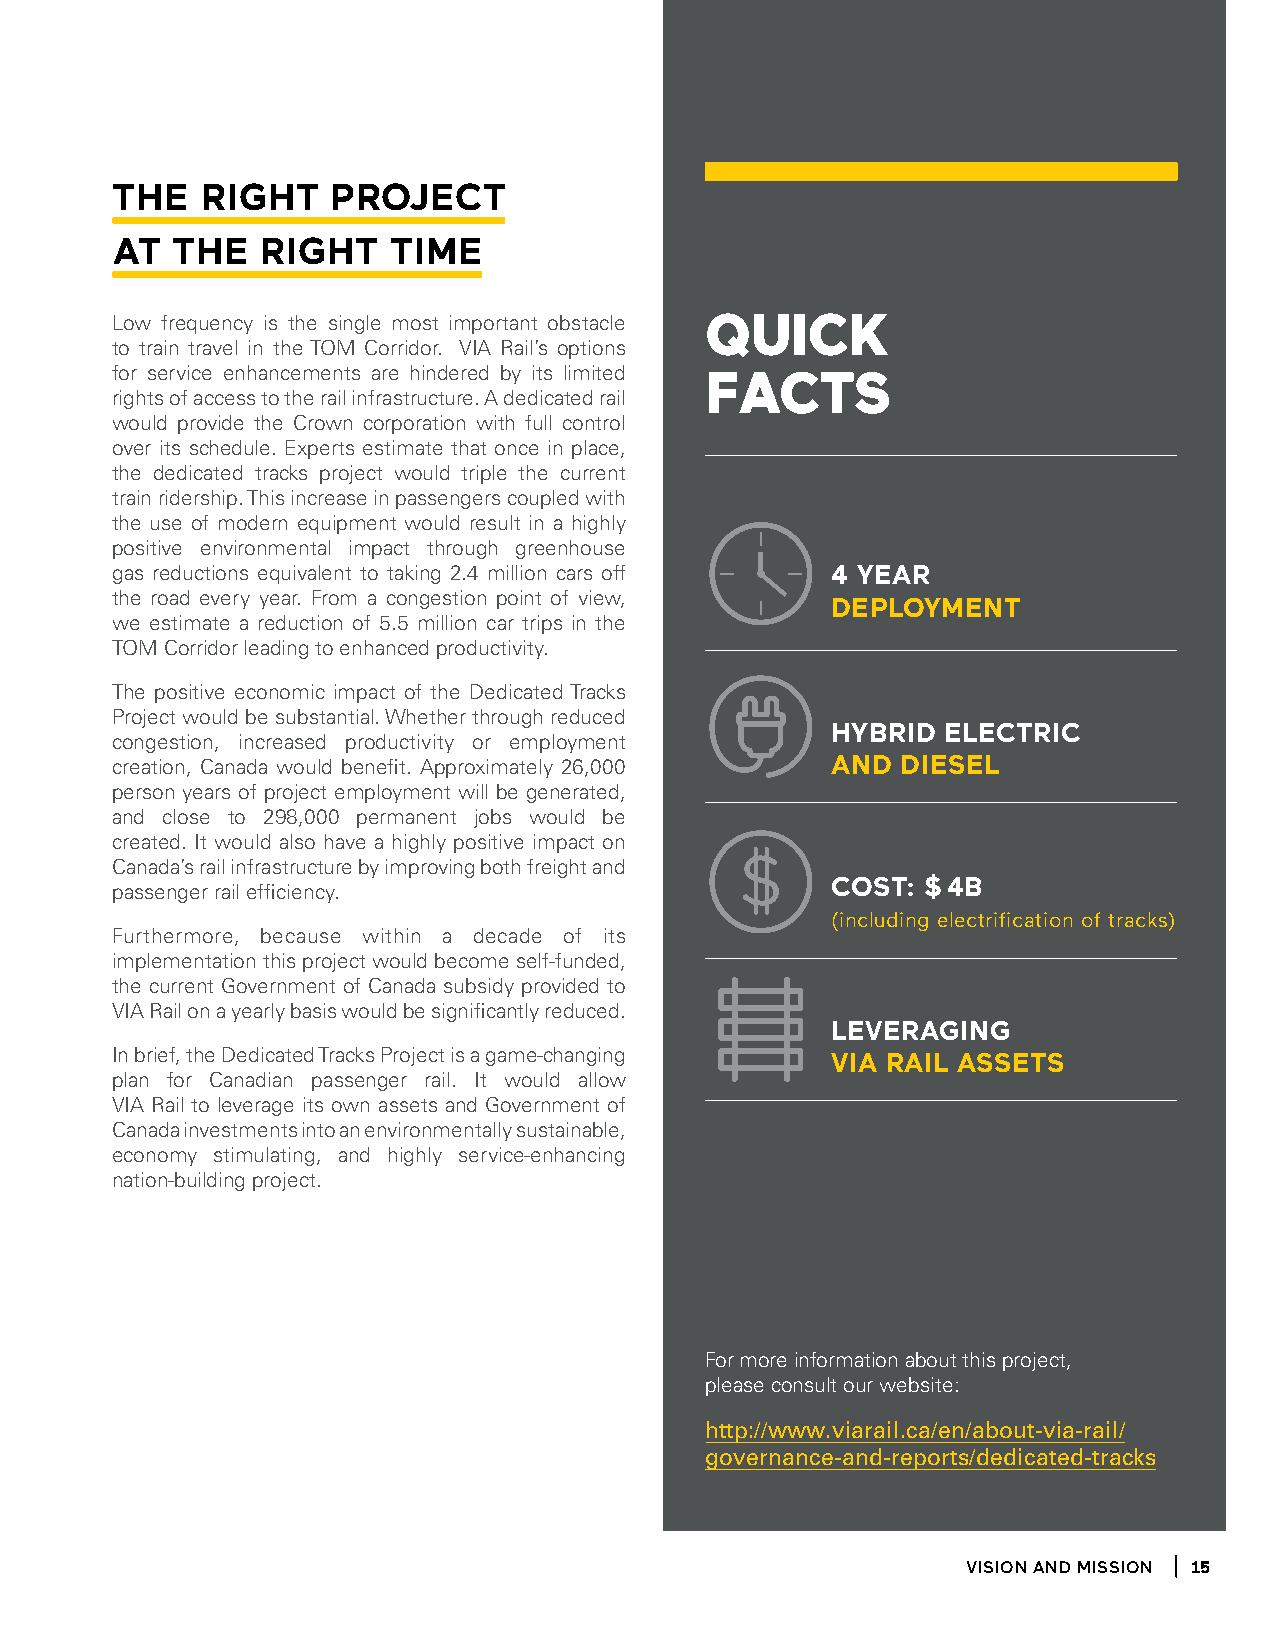
the   right    proJeCt
 at  the   right    time
 Low frequency is the single most important obstacle QuiCK
 to train travel in the TOM Corridor. VIA Rail’s options
 for service enhancements are hindered by its limited FaCts
 rights of access to the rail infrastructure. A dedicated rail
 would provide the Crown corporation with full control
 over its schedule. Experts estimate that once in place,
 the dedicated tracks project would triple the current
 train ridership. This increase in passengers coupled with
 the use of modern equipment would result in a highly
 positive environmental impact through greenhouse
 gas reductions equivalent to taking 2.4 million cars off 4 year
 the road every year. From a congestion point of view, deployment
 we estimate a reduction of 5.5 million car trips in the
 TOM Corridor leading to enhanced productivity.
 The positive economic impact of the Dedicated Tracks
 Project would be substantial. Whether through reduced
 hyBrid eleCtriC
 congestion, increased productivity or employment
 creation, Canada would benefit. Approximately 26,000 and diesel
 person years of project employment will be generated,
 and close to 298,000 permanent jobs would be
 created. It would also have a highly positive impact on
 Canada’s rail infrastructure by improving both freight and
 Cost: $ 4B
 passenger rail efficiency.
 (including electrification of tracks)
 Furthermore, because within a decade of its
 implementation this project would become self-funded,
 the current Government of Canada subsidy provided to
 VIA Rail on a yearly basis would be significantly reduced.
 leveraging
 In brief, the Dedicated Tracks Project is a game-changing via rail assets
 plan for Canadian passenger rail. It would allow
 VIA Rail to leverage its own assets and Government of
 Canada investments into an environmentally sustainable,
 economy stimulating, and highly service-enhancing
 nation-building project.
 For more information about this project,
 please consult our website:
 http://www.viarail.ca/en/about-via-rail/
 governance-and-reports/dedicated-tracks
 Vision and Mission 15